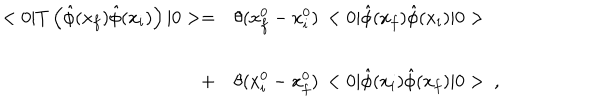
LaTeX: \begin{array} { r l } { { < 0 | T \left( \hat { \phi } ( x _ { f } ) \hat { \phi } ( x _ { i } ) \right) | 0 > = } } & { { \theta ( x _ { f } ^ { 0 } - x _ { i } ^ { 0 } ) \, < 0 | \hat { \phi } ( x _ { f } ) \hat { \phi } ( x _ { i } ) | 0 > } } \\ { { } } & { { } } \\ { { + } } & { { \theta ( x _ { i } ^ { 0 } - x _ { f } ^ { 0 } ) \, < 0 | \hat { \phi } ( x _ { i } ) \hat { \phi } ( x _ { f } ) | 0 > \ , } } \\ \end{array}